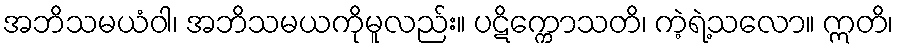
အဘိသမယံဝါ၊ အဘိသမယကိုမူလည်း။ ပဋိက္ကောသတိ၊ ကဲ့ရဲ့သလော။ ဣတိ၊